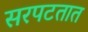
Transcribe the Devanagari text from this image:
सरपटतात